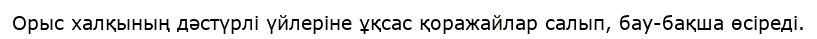
Орыс халқының дәстүрлі үйлеріне ұқсас қоражайлар салып, бау-бақша өсіреді.